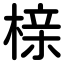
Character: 榇